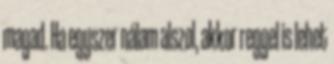
magad. Ha egyszer nálam alszol, akkor reggel is lehet